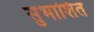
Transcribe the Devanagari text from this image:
सुभाशित